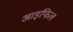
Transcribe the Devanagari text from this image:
आइफिल